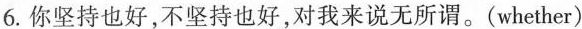
6.你坚持也好，不坚持也好，对我来说无所谓。(whether)